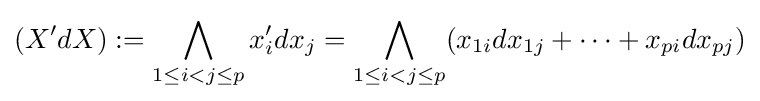
(X'dX):=\bigwedge _{1\leq i<j\leq p}x_{i}'dx_{j}=\bigwedge _{1\leq i<j\leq p}(x_{1i}dx_{1j}+\cdots +x_{pi}dx_{pj})